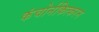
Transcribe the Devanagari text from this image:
कंचोर्नकित्करन